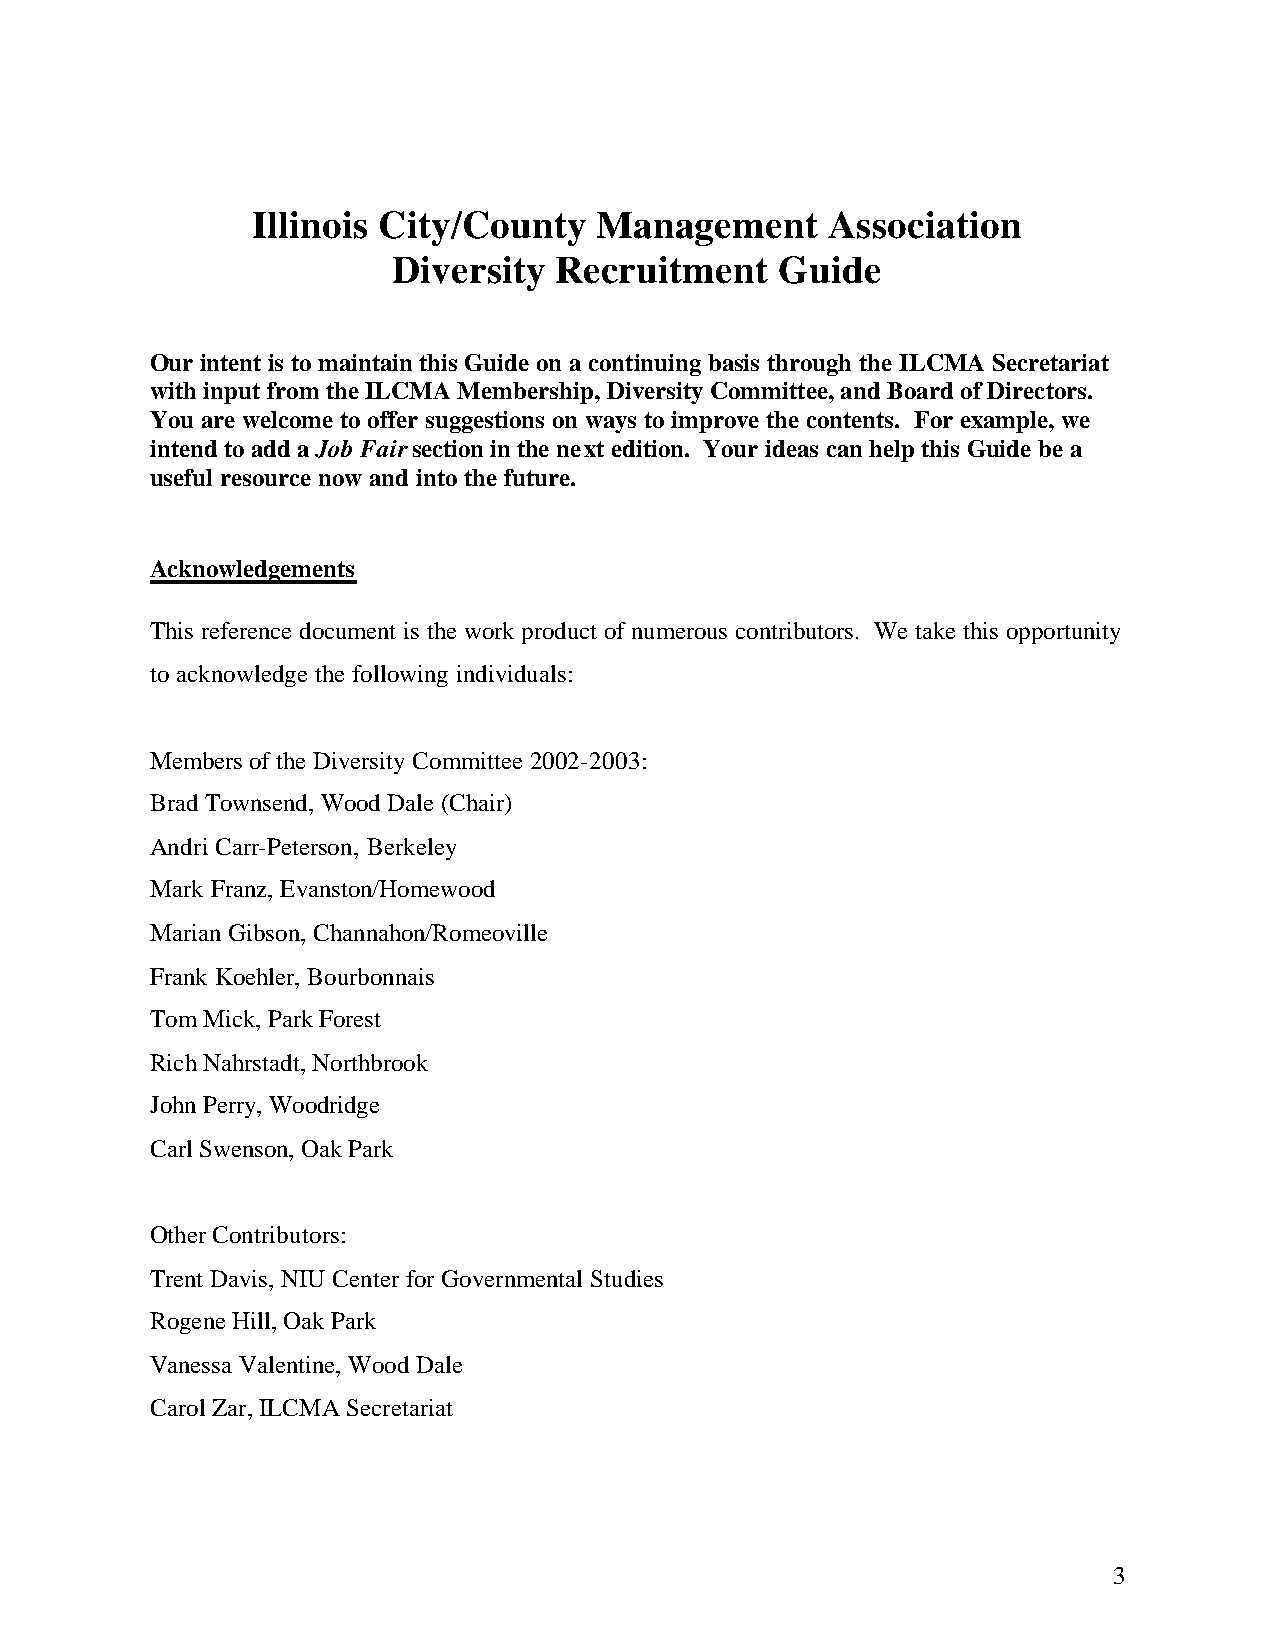
Illinois City/County   Management     Association
 Diversity  Recruitment    Guide
 Our intent is to maintain this Guide on a continuing basis through the ILCMA Secretariat
 with input from the ILCMA Membership, Diversity Committee, and Board of Directors.
 You are welcome to offer suggestions on ways to improve the contents. For example, we
 intend to add a Job Fair section in the next edition. Your ideas can help this Guide be a
 useful resource now and into the future.
 Acknowledgements
 This reference document is the work product of numerous contributors. We take this opportunity
 to acknowledge the following individuals:
 Members of the Diversity Committee 2002-2003:
 Brad Townsend, Wood Dale (Chair)
 Andri Carr-Peterson, Berkeley
 Mark Franz, Evanston/Homewood
 Marian Gibson, Channahon/Romeoville
 Frank Koehler, Bourbonnais
 Tom Mick, Park Forest
 Rich Nahrstadt, Northbrook
 John Perry, Woodridge
 Carl Swenson, Oak Park
 Other Contributors:
 Trent Davis, NIU Center for Governmental Studies
 Rogene Hill, Oak Park
 Vanessa Valentine, Wood Dale
 Carol Zar, ILCMA Secretariat
 3